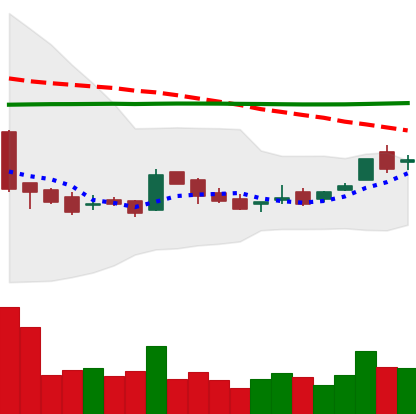
Ticker: LTC-USD
Chart end date: 2016-02-16
Forward return: 7.955%
Label: up_7plus